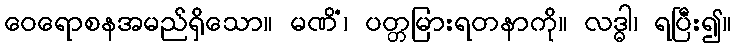
ဝေရောစနအမည်ရှိသော။ မဏိံ၊ ပတ္တမြားရတနာကို။ လဒ္ဓါ၊ ရပြီး၍။